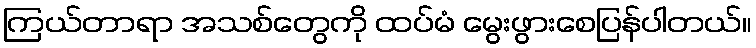
ကြယ်တာရာ အသစ်တွေကို ထပ်မံ မွေးဖွားစေပြန်ပါတယ်။